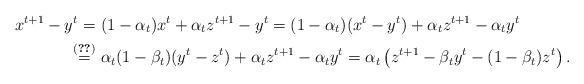
LaTeX: \begin{align*}x^{t+1}-y^t=\ &(1-\alpha_t)x^t+\alpha_tz^{t+1}-y^t = (1-\alpha_t)(x^t-y^t)+\alpha_tz^{t+1}-\alpha_t y^t\\\overset{\eqref{l2-e2}}{=}\ &\alpha_t(1-\beta_t)(y^t-z^t)+\alpha_tz^{t+1}-\alpha_t y^t= \alpha_t\left(z^{t+1}-\beta_t y^t - (1-\beta_t)z^t\right). \end{align*}